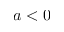
a < 0